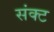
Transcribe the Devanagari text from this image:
संक्ट